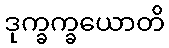
ဒုက္ခက္ခယောတိ